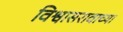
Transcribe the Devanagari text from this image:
विश्वासरावाच्या